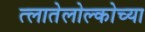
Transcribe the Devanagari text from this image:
त्लातेलोल्कोच्या